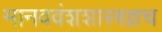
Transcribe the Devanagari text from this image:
मानववंशशास्त्रज्ञच